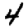
Digit: 4